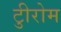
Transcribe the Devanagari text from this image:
टीुरोम